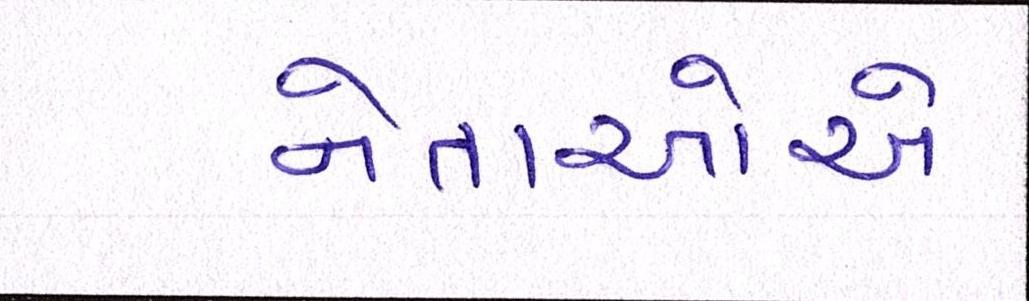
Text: નેતાઓએ